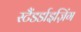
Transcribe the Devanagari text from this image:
स्टैंडर्डाइज़िंग